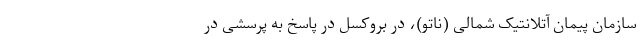
سازمان پیمان آتلانتیک شمالی (ناتو)، در بروکسل در پاسخ به پرسشی در